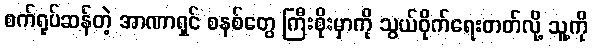
စက်ရုပ်ဆန်တဲ့ အာဏာရှင် စနစ်တွေ ကြီးစိုးမှာကို သွယ်ဝိုက်ရေးတတ်လို့ သူ့ကို